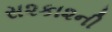
સ૨કા૨ની